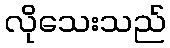
လိုသေးသည်